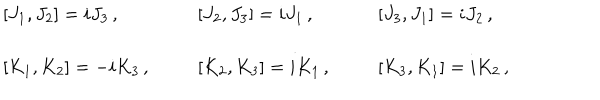
\begin{array} { l l l } { { { } [ J _ { 1 } , J _ { 2 } ] = i J _ { 3 } \, , } } & { { { } [ J _ { 2 } , J _ { 3 } ] = i J _ { 1 } \, , } } & { { { } [ J _ { 3 } , J _ { 1 } ] = i J _ { 2 } \, , } } \\ { { { } } } & { { { } } } & { { { } } } \\ { { { } [ K _ { 1 } , K _ { 2 } ] = - i K _ { 3 } \, , } } & { { { } [ K _ { 2 } , K _ { 3 } ] = i K _ { 1 } \, , } } & { { { } [ K _ { 3 } , K _ { 1 } ] = i K _ { 2 } \, , } } \\ \end{array}